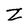
Character: Z